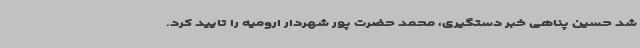
شد حسین پناهی خبر دستگیری، محمد حضرت پور شهردار ارومیه را تایید کرد.